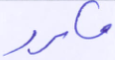
مكرر